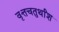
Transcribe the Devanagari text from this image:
वृत्तचतुर्थांश